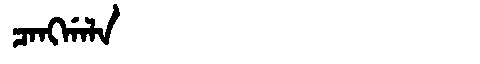
Manchu: ᠴᠠᠩᡤᠠᠯᠠ
Romanization: CANGGALA